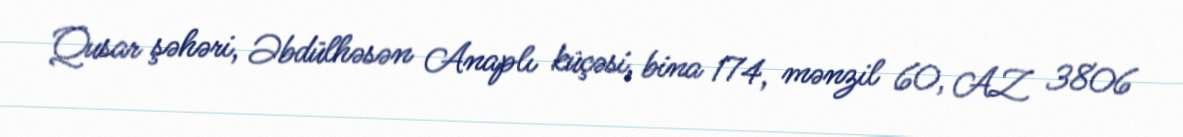
Qusar şəhəri, Əbdülhəsən Anaplı küçəsi, bina 174, mənzil 60, AZ 3806